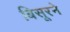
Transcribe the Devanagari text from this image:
बिसूरने